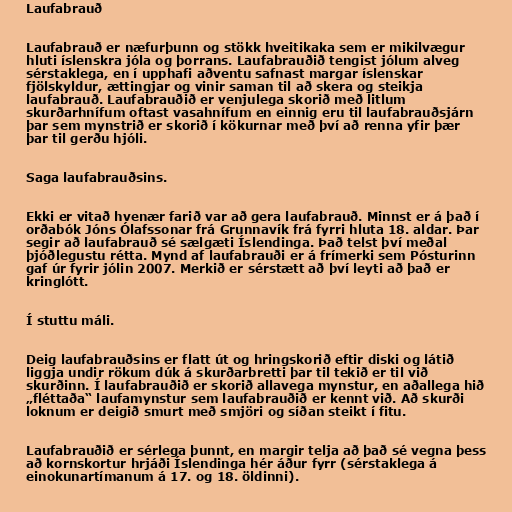
Laufabrauð

Laufabrauð er næfurþunn og stökk hveitikaka sem er mikilvægur
hluti íslenskra jóla og þorrans. Laufabrauðið tengist jólum alveg
sérstaklega, en í upphafi aðventu safnast margar íslenskar
fjölskyldur, ættingjar og vinir saman til að skera og steikja
laufabrauð. Laufabrauðið er venjulega skorið með litlum
skurðarhnífum oftast vasahnífum en einnig eru til laufabrauðsjárn
þar sem mynstrið er skorið í kökurnar með því að renna yfir þær
þar til gerðu hjóli.

Saga laufabrauðsins.

Ekki er vitað hvenær farið var að gera laufabrauð. Minnst er á það í
orðabók Jóns Ólafssonar frá Grunnavík frá fyrri hluta 18. aldar. Þar
segir að laufabrauð sé sælgæti Íslendinga. Það telst því meðal
þjóðlegustu rétta. Mynd af laufabrauði er á frímerki sem Pósturinn
gaf úr fyrir jólin 2007. Merkið er sérstætt að því leyti að það er
kringlótt.

Í stuttu máli.

Deig laufabrauðsins er flatt út og hringskorið eftir diski og látið
liggja undir rökum dúk á skurðarbretti þar til tekið er til við
skurðinn. Í laufabrauðið er skorið allavega mynstur, en aðallega hið
„fléttaða“ laufamynstur sem laufabrauðið er kennt við. Að skurði
loknum er deigið smurt með smjöri og síðan steikt í fitu.

Laufabrauðið er sérlega þunnt, en margir telja að það sé vegna þess
að kornskortur hrjáði Íslendinga hér áður fyrr (sérstaklega á
einokunartímanum á 17. og 18. öldinni).